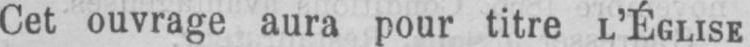
Cet ouvrage aura pour titre L’ÉGLISE